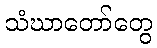
သံဃာတော်တွေ